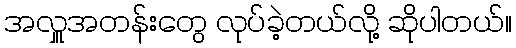
အလှူအတန်းတွေ လုပ်ခဲ့တယ်လို့ ဆိုပါတယ်။